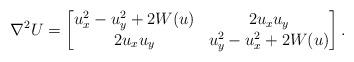
LaTeX: \begin{align*}\nabla^2U= \begin{bmatrix} u_{x}^2-u_{y}^2+2W(u) & 2u_{x}u_{y} \\ 2u_{x}u_{y} & u_{y}^2-u_{x}^2+2W(u) \\ \end{bmatrix}. \end{align*}